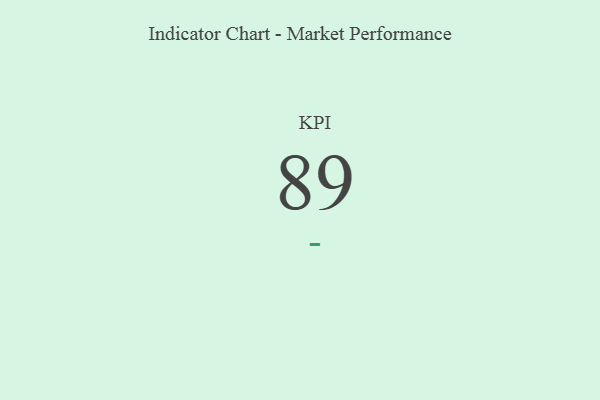
{"axis": {"x": "KPI", "y": "Value"}, "legend": [""], "data": [{"x": "KPI", "y": 89, "type": ""}]}